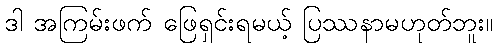
ဒါ အကြမ်းဖက် ဖြေရှင်းရမယ့် ပြဿနာမဟုတ်ဘူး။